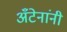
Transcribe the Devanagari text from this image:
अँटेनांनी